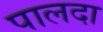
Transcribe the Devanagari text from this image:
पालदा